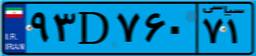
۹۳D۷۶۰۷۱